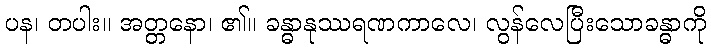
ပန၊ တပါး။ အတ္တနော၊ ၏။ ခန္ဓာနုဿရဏကာလေ၊ လွန်လေပြီးသောခန္ဓာကို